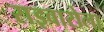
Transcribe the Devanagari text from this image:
राइवारोला